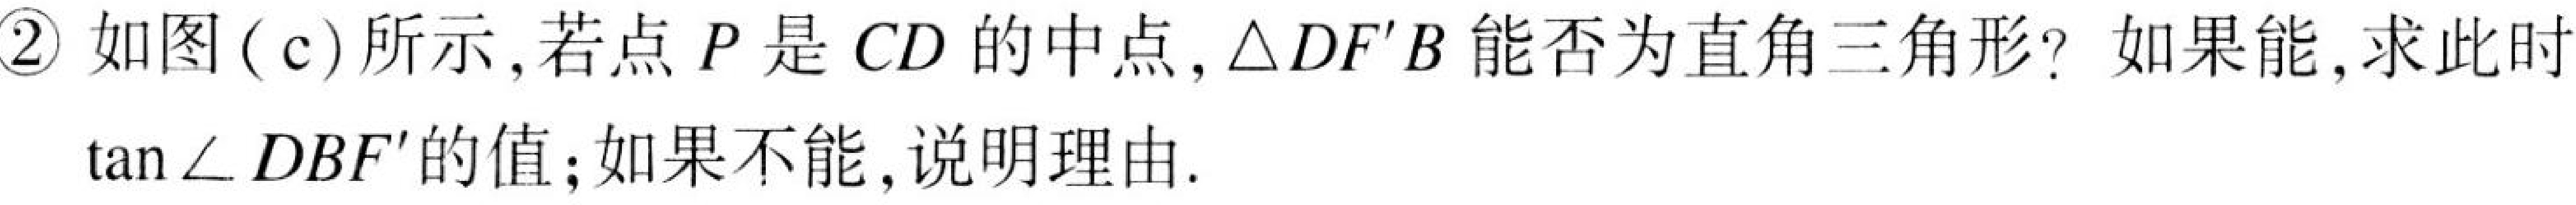
\textcircled{2} 如图(c)所示,若点\(P\)是\(CD\)的中点,\(\triangle DF'B\)能否为直角三角形? 如果能,求此时
\(\tan\angle DBF'\)的值;如果不能,说明理由.